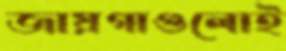
জায়গাগুলোই